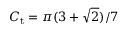
C _ { \mathrm { t } } = \pi ( 3 + \sqrt { 2 } ) / 7